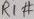
Text: R1#